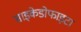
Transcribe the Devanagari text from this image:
साइकेडोफाइटा